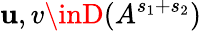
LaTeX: \mathbf{u},v\inD(A^{s_{1}+s_{2}})